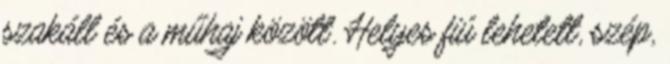
szakáll és a műhaj között. Helyes fiú lehetett, szép,